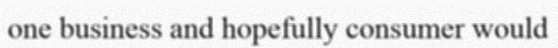
one business and hopefully consumer would